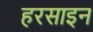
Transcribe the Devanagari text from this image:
हरसाइन